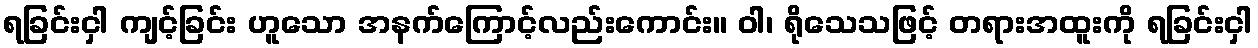
ရခြင်းငှါ ကျင့်ခြင်း ဟူသော အနက်ကြောင့်လည်းကောင်း။ ဝါ၊ ရိုသေသဖြင့် တရားအထူးကို ရခြင်းငှါ